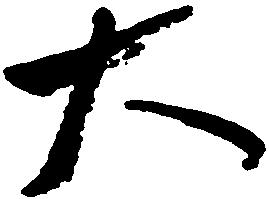
大